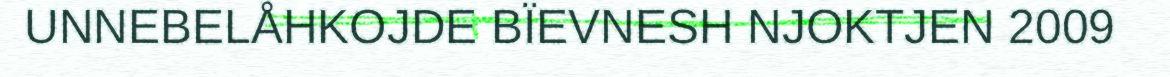
UNNEBELÅHKOJDE BÏEVNESH NJOKTJEN 2009